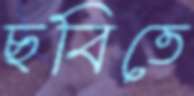
ছবিতে